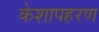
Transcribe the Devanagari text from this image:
केशापहरण